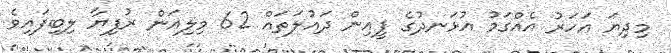
މިދިޔަ އަހަރު އެއްގަމު އުޅަނދުގެ ފީއިން ދައުލަތައް 62 މިލިއަން ރުފިޔާ ލިބިފައިވެ